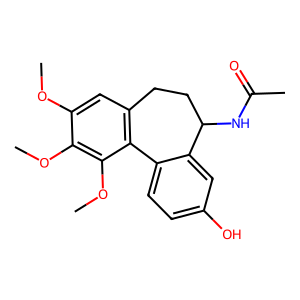
SMILES: COc1cc2c(c(OC)c1OC)-c1ccc(O)cc1C(NC(C)=O)CC2
Inhibits HIV replication: No